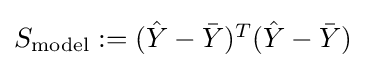
{\textstyle S_{\text{model}}:=({\hat {Y}}-{\bar {Y}})^{T}({\hat {Y}}-{\bar {Y}})}